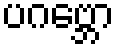
ပဂဗ္ဘော